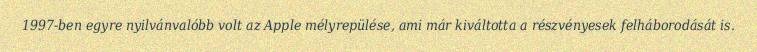
1997-ben egyre nyilvánvalóbb volt az Apple mélyrepülése, ami már kiváltotta a részvényesek felháborodását is.